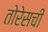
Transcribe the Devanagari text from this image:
तोरेसची